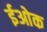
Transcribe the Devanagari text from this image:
ईओक